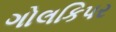
ગોલકિપર